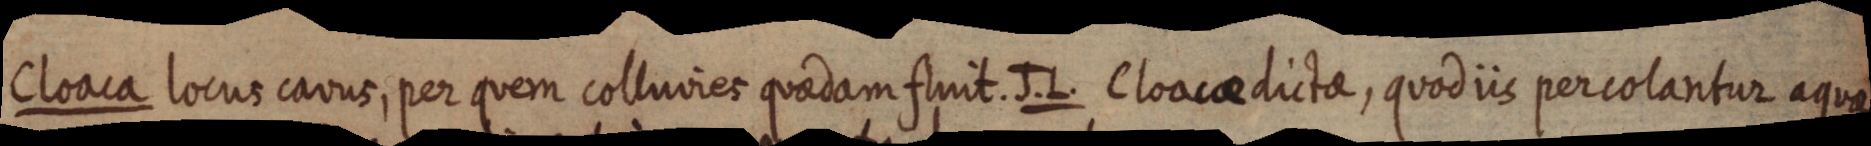
Cloaca locus cavus, per quem colluvies quaedam fluit. J. L. Cloacaedictae, quod iis percolantur aqua